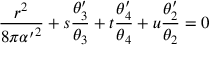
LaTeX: { \frac { r ^ { 2 } } { 8 \pi { \alpha ^ { \prime } } ^ { 2 } } } + s { \frac { \theta _ { 3 } ^ { \prime } } { \theta _ { 3 } } } + t { \frac { \theta _ { 4 } ^ { \prime } } { \theta _ { 4 } } } + u { \frac { \theta _ { 2 } ^ { \prime } } { \theta _ { 2 } } } = 0